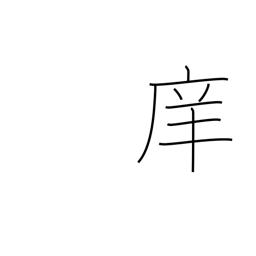
Meaning: school